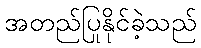
အတည်ပြုနိုင်ခဲ့သည်